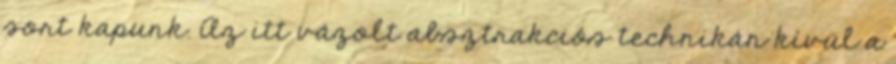
sort kapunk. Az itt vázolt absztrakciós technikán kívül a